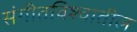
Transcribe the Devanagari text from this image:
संगीतविश्वातील